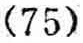
\((75)\)